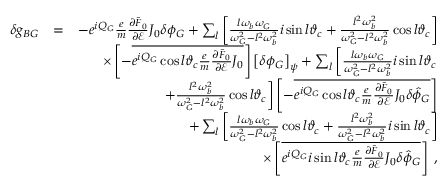
\begin{array} { r l r } { \delta g _ { B G } } & { = } & { - e ^ { i Q _ { G } } \frac { e } { m } \frac { \partial \bar { F } _ { 0 } } { \partial \mathcal { E } } J _ { 0 } \delta \phi _ { G } + \sum _ { l } \left[ \frac { l \omega _ { b } \omega _ { G } } { \omega _ { G } ^ { 2 } - l ^ { 2 } \omega _ { b } ^ { 2 } } i \sin l \vartheta _ { c } + \frac { l ^ { 2 } \omega _ { b } ^ { 2 } } { \omega _ { G } ^ { 2 } - l ^ { 2 } \omega _ { b } ^ { 2 } } \cos l \vartheta _ { c } \right] } \\ & { } & { \times \left[ - \overline { { e ^ { i Q _ { G } } \cos l \vartheta _ { c } \frac { e } { m } \frac { \partial \bar { F } _ { 0 } } { \partial \mathcal { E } } J _ { 0 } } } \right] \left[ \delta \phi _ { G } \right] _ { \psi } + \sum _ { l } \left[ \frac { l \omega _ { b } \omega _ { G } } { \omega _ { G } ^ { 2 } - l ^ { 2 } \omega _ { b } ^ { 2 } } i \sin l \vartheta _ { c } \right. } \\ & { } & { \left. + \frac { l ^ { 2 } \omega _ { b } ^ { 2 } } { \omega _ { G } ^ { 2 } - l ^ { 2 } \omega _ { b } ^ { 2 } } \cos l \vartheta _ { c } \right] \left[ - \overline { { e ^ { i Q _ { G } } \cos l \vartheta _ { c } \frac { e } { m } \frac { \partial \bar { F } _ { 0 } } { \partial \mathcal { E } } J _ { 0 } \delta \hat { \phi } _ { G } } } \right] } \\ & { } & { + \sum _ { l } \left[ \frac { l \omega _ { b } \omega _ { G } } { \omega _ { G } ^ { 2 } - l ^ { 2 } \omega _ { b } ^ { 2 } } \cos l \vartheta _ { c } + \frac { l ^ { 2 } \omega _ { b } ^ { 2 } } { \omega _ { G } ^ { 2 } - l ^ { 2 } \omega _ { b } ^ { 2 } } i \sin l \vartheta _ { c } \right] } \\ & { } & { \times \left[ \overline { { e ^ { i Q _ { G } } i \sin l \vartheta _ { c } \frac { e } { m } \frac { \partial \bar { F } _ { 0 } } { \partial \mathcal { E } } J _ { 0 } \delta \hat { \phi } _ { G } } } \right] \; , } \end{array}